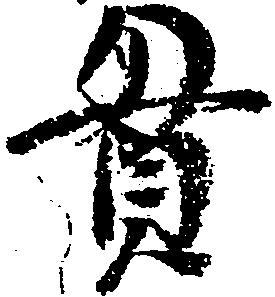
貫